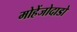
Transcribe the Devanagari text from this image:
मोहेंजोदाडो